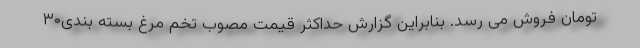
تومان فروش می رسد. بنابراین گزارش حداکثر قیمت مصوب تخم مرغ بسته بندی۳۰